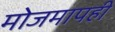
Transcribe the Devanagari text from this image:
मोजमापही